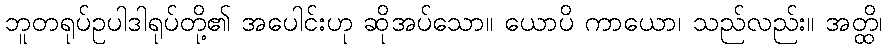
ဘူတရုပ်ဥပါဒါရုပ်တို့၏ အပေါင်းဟု ဆိုအပ်သော။ ယောပိ ကာယော၊ သည်လည်း။ အတ္ထိ၊